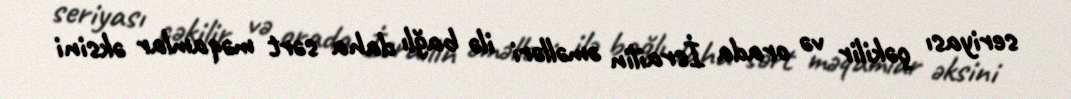
seriyası çəkilir və orada İsrailin əməlləri ilə bağlı daha sərt məqamlar əksini